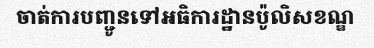
ចាត់ការបញ្ជូនទៅអធិការដ្ឋានប៉ូលិសខណ្ឌ